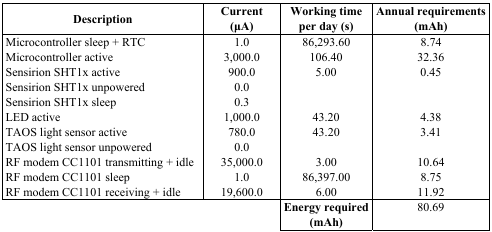
<table><thead><tr><td><b>Description</b></td><td><b>Current (μA)</b></td><td><b>Working time per day (s)</b></td><td><b>Annual requirements (mAh)</b></td></tr></thead><tbody><tr><td>Microcontroller sleep + RTC</td><td>1.0</td><td>86,293.60</td><td>8.74</td></tr><tr><td>Microcontroller active</td><td>3,000.0</td><td>106.40</td><td>32.36</td></tr><tr><td>Sensirion SHT1x active</td><td>900.0</td><td>5.00</td><td>0.45</td></tr><tr><td>Sensirion SHT1x unpowered</td><td>0.0</td><td></td><td></td></tr><tr><td>Sensirion SHT1x sleep</td><td>0.3</td><td></td><td></td></tr><tr><td>LED active</td><td>1,000.0</td><td>43.20</td><td>4.38</td></tr><tr><td>TAOS light sensor active</td><td>780.0</td><td>43.20</td><td>3.41</td></tr><tr><td>TAOS light sensor unpowered</td><td>0.0</td><td></td><td></td></tr><tr><td>RF modem CC1101 transmitting + idle</td><td>35,000.0</td><td>3.00</td><td>10.64</td></tr><tr><td>RF modem CC1101 sleep</td><td>1.0</td><td>86,397.00</td><td>8.75</td></tr><tr><td>RF modem CC1101 receiving + idle</td><td>19,600.0</td><td>6.00</td><td>11.92</td></tr><tr><td></td><td></td><td><b>Energy required (mAh)</b></td><td>80.69</td></tr></tbody></table>